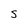
Character: S